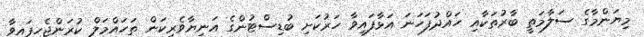
މިޔަންމާގެ ސަލާމަތީ ބާރުތަކާއި ހައްދުފަހަނަ އަޅާފައިވާ ހަރުކަށި ބުޑިސްޓުންގެ އަނިޔާވެރިކަން ތަހައްމަލް ކުރަންޖެހިފައިވާ